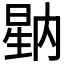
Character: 𭦷